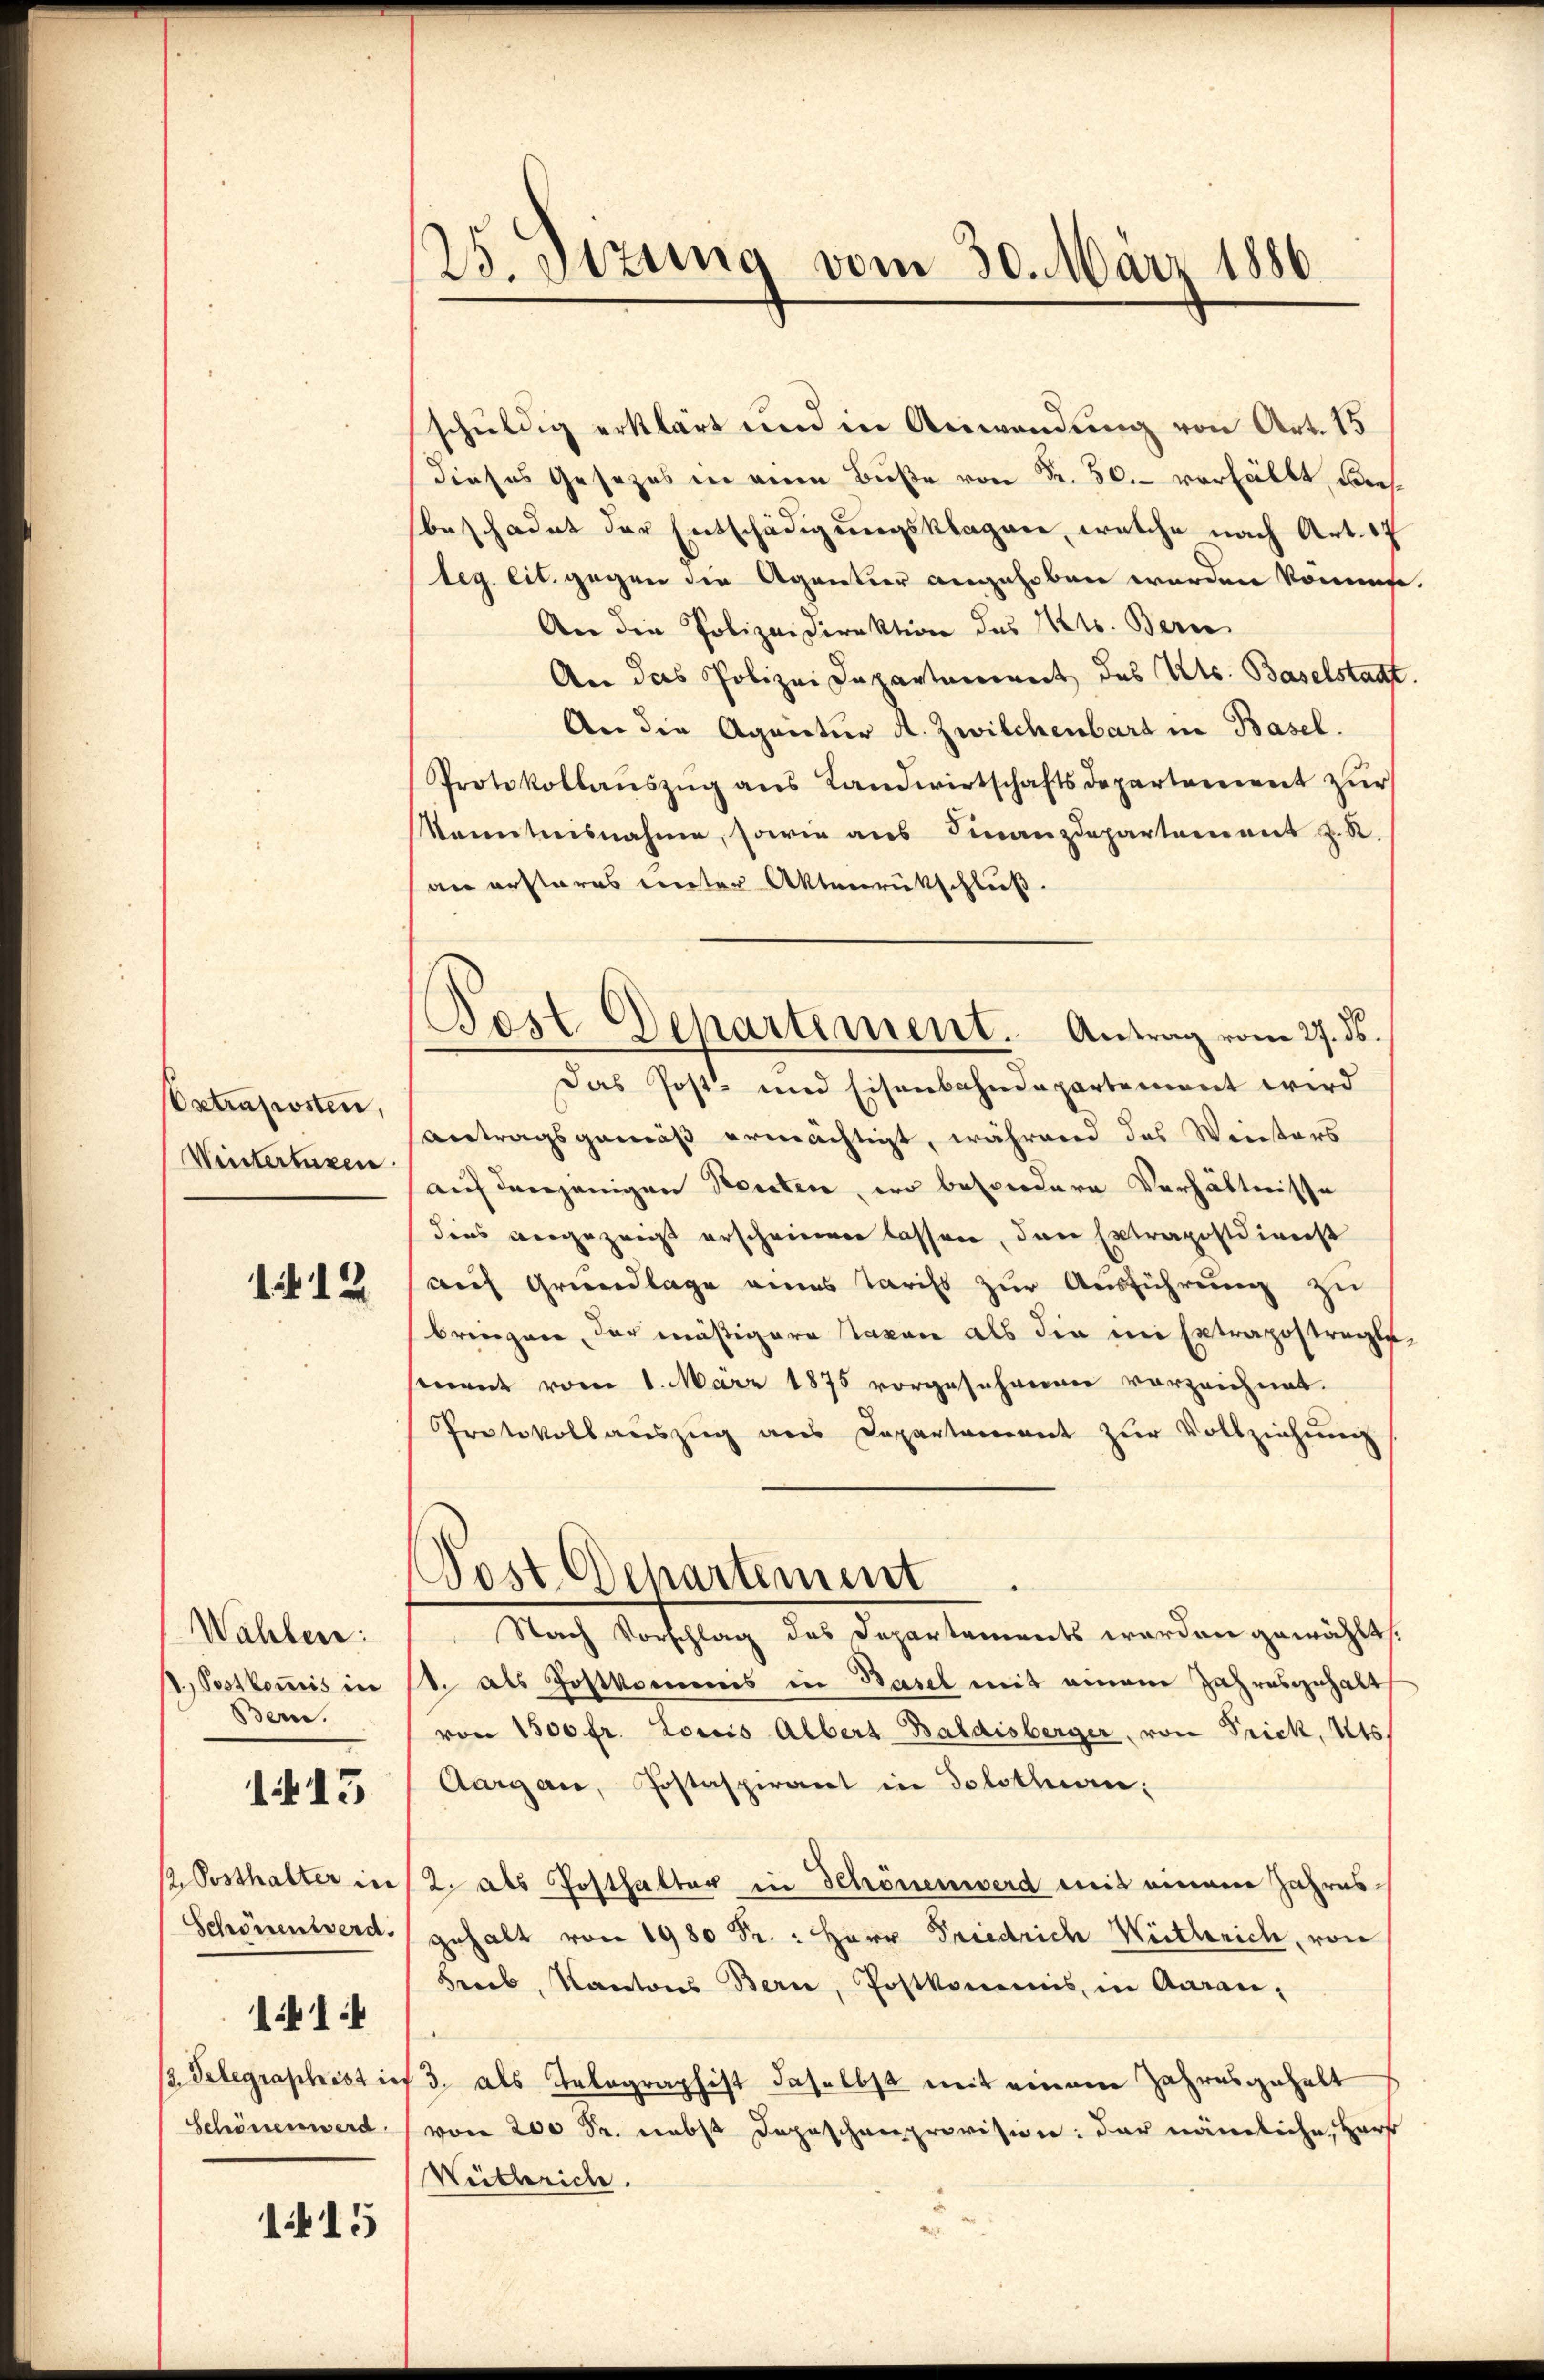
Extraposten,
Wintertaxen

1 12

Wahlen:
s, Postkommis in
Bern.

1413

/ Posthalter in
Schönen werd.

114

/3. Telegraphist in
Schönen werd

115

25. Sitzung vom 30. März 1886

schuldig erklärt und in Anwendung von Art. 15
dieses Gesetzes in eine Bŭβe von Fr. 50. verhält, dach
beschadet der Entschädigungsklagere, welche nach Art. 17
leg. lit. gegen die Agentier angehoben werden könnene
An die Polizeidirektion des Kts. Bern
An das Polizei Departement des Kts. Baselstadt
An die Agnectur A. Zwilchenbart in Basel.
Protokollanszŭg ans Landwirtschaftsdepartement zŭr
Kanntnisnahme, sowie ans Finanzdepartement z. R.
an erstares unter Aktenrückschluß
Das Post- und Eisenbahndepartement wird
antragsgemäß ermächtigt, während das Winters
auf derjenigen Seiten, wo besondere Verhältnisse
dees angezeigt erscheinen lassen, den Extrapostdirenst
auf Grundlage eines Tarifs zur Ausführung zu
bringen, der mäßigere Taxen als die nie Extrapostragte.
mant vom 1. März 1875 vorgesehenen vorzeichnet.
Protokollauszug aus Departement zŭr Vollziehŭng
Post chartement
Nach Vorschlag des Departements werden gewählt.
1. als Postkommis in Basel mit einem Jahresgehalt
von 1500 fr. Loris Albert Baldisberger, von Frick, als
Aargau, Postaspirant in Solothurn,
2 als Posthalter in Schönenwerd mit einem Jahresgehalt von 1980 Fr. : Herr Friedrich Weitlerich, von
Trieb, Kantons Bern, Postkommis, in Aarau,
3. als Telegraphist daselbst mit einem Jahresgehalt
von 200 Sr. nebst Depeschenprovision: der nämliche, Herr
Weitberich.

est Departement. Antrag vom 27. ds.